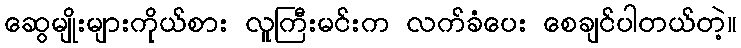
ဆွေမျိုးများကိုယ်စား လူကြီးမင်းက လက်ခံပေး စေချင်ပါတယ်တဲ့။